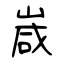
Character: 嵅